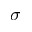
\sigma